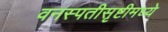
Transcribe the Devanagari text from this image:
वनस्पतीसृष्टीमध्ये